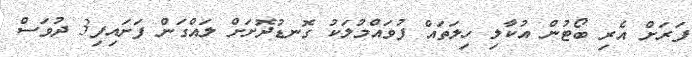
ފަރަށް އެރި ބޯޓުން އުކާލި ހިލަތައް ފުވައްމުލަކު ގޮނޑުދޮށަށް ލައްގަން ފަށައިފި3 ދުވަސް